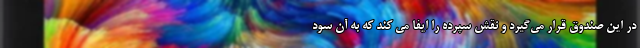
در این صندوق قرار می‌گیرد و نقش سپرده را ایفا می کند که به آن سود